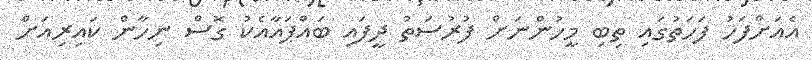
އެއަށްފަހު ފަހަތުގައި ތިބި މީހުންނަށް ފުރުސަތު ދީފައި ބައްޕައާއެކު ގޮސް ނިހާން ކައިރިއަށް